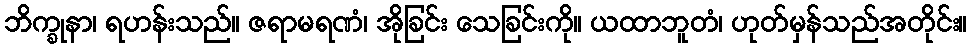
ဘိက္ခုနာ၊ ရဟန်းသည်။ ဇရာမရဏံ၊ အိုခြင်း သေခြင်းကို။ ယထာဘူတံ၊ ဟုတ်မှန်သည်အတိုင်း။